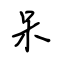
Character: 呆